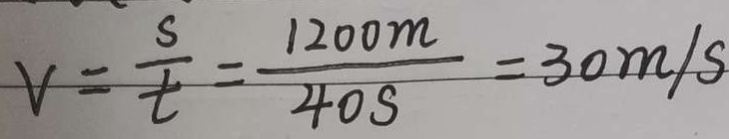
v = \frac { s } { t } = \frac { 1 2 0 0 m } { 4 0 s } = 3 0 m / s